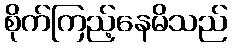
စိုက်ကြည့်နေမိသည်